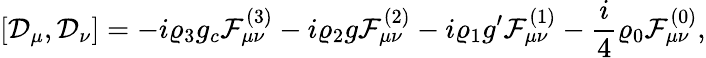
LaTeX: [{\cal D}_{\mu},{\cal D}_{\nu}]=-i\varrho_{3}g_{c}{\cal F}_{\mu\nu}^{(3)}-i\varrho_{2}g{\cal F}_{\mu\nu}^{(2)}-i\varrho_{1}g^{\prime}{\cal F}_{\mu\nu}^{(1)}-{\frac{i}{4}}\varrho_{0}{\cal F}_{\mu\nu}^{(0)},